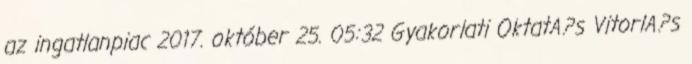
az ingatlanpiac 2017. október 25. 05:32 Gyakorlati OktatA?s VitorlA?s